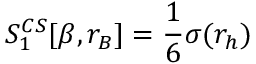
S _ { 1 } ^ { C S } [ \beta , r _ { B } ] = \frac 1 6 \sigma ( r _ { h } ) ~ ~ ~